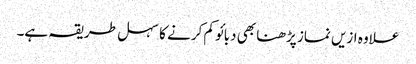
علاوہ ازیں نماز پڑھنا بھی دبائو کم کرنے کا سہل طریقہ ہے۔